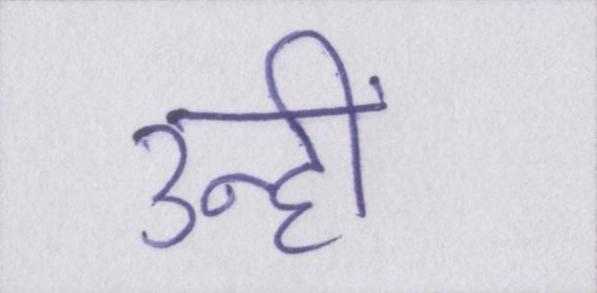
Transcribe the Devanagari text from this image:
उन्हीं